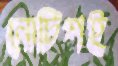
নোটিশই